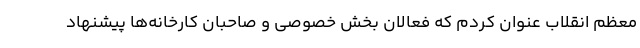
معظم انقلاب عنوان کردم که فعالان بخش خصوصی و صاحبان کارخانه‌ها پیشنهاد